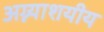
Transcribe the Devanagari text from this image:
अग्न्याशयीय